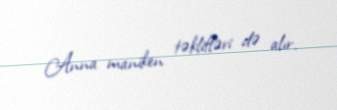
Anna maniken təklifləri də alır.